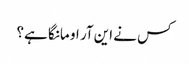
کس نے این آر او مانگا ہے؟